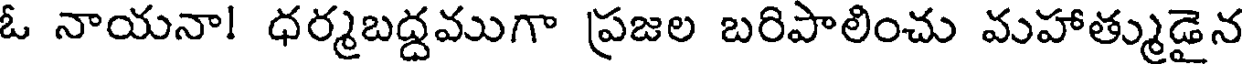
ఓ నాయనా! ధర్మబద్దముగా ప్రజల బరిపాలించు మహాత్ముడైన